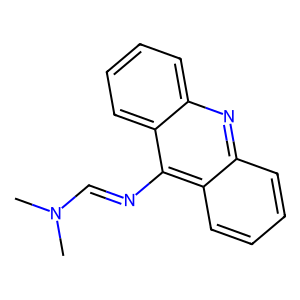
SMILES: CN(C)C=Nc1c2ccccc2nc2ccccc12
Inhibits HIV replication: No